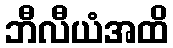
ဘီလီယံအထိ